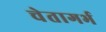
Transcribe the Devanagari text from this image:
चेतागर्भ